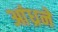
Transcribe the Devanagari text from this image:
आंध्रने